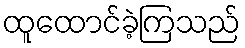
ထူထောင်ခဲ့ကြသည်